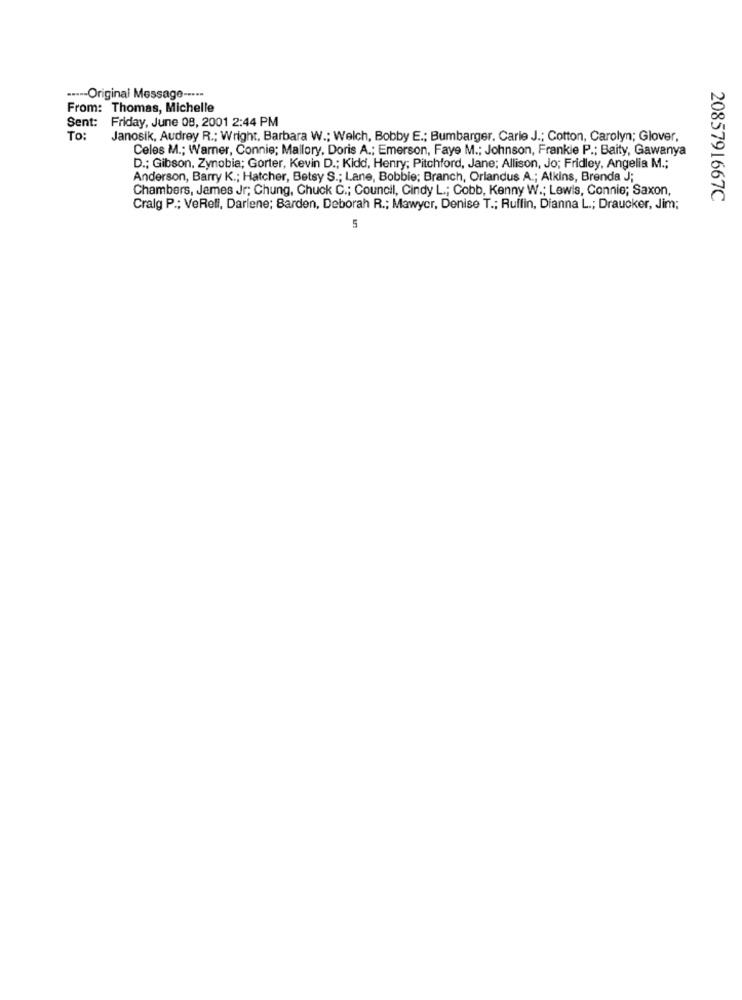
.---- Original Message -----
From: Thomas, Michelle
Sent: Friday, June 08, 2001 2:44 PM
To:
Janosik, Audrey R .; Wright, Barbara W .; Welch, Bobby E .; Bumbarger. Carie J .; Cotton, Carolyn; Glover,
Celes M .; Warner, Connie; Mallory, Doris A .; Emerson, Faye M .; Johnson, Frankie P .; Baity, Gawanya
D .; Gibson, Zynobia; Gorter, Kevin D .; Kidd, Henry; Pitchford, Jane; Allison, Jo; Fridley, Angelia M .;
Anderson, Barry K .; Hatcher, Betsy S .; Lane, Bobbie; Branch, Orlandus A .; Atkins, Brenda J;
Chambers, James Jr; Chung, Chuck C .; Council, Cindy L .; Cobb, Kenny W .; Lewis, Connie; Saxon,
2085791667C
Cralg P .; VeRell, Darlene; Barden, Deborah R .; Mawycr, Denise T .; Ruffin, Dianna L .; Draucker, Jim;
5